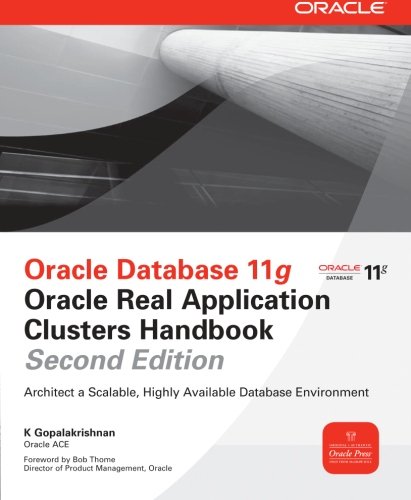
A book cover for Oracle Database 11g Oracle Real Application Clusters Handbook, 2nd Edition (Oracle Press); K Gopalakrishnan; Computers & Technology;